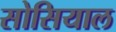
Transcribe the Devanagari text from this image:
सोसियाल